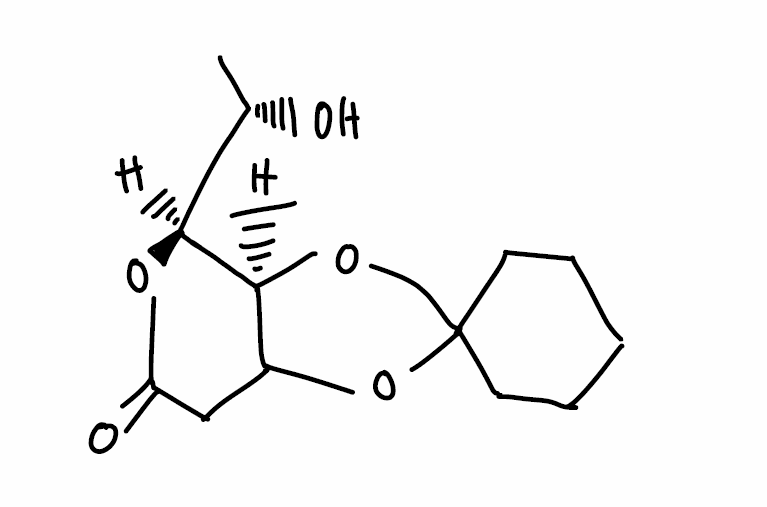
Simplified molecular-input line-entry system (SMILES) notation of the given molecule:
C[C@@H]([C@H]1[C@@H]2[C@H]([C@@H](C(=O)O1)O)OC3(O2)CCCCC3)O